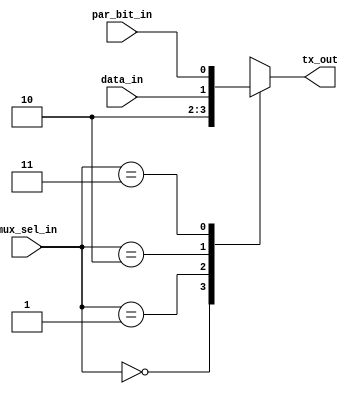
module mux(
	input [1:0] mux_sel_in,
	input data_in,
	input par_bit_in,
	output reg tx_out
);

always @(*) begin : proc_tx_out
	case(mux_sel_in)
		0: tx_out = 1'b1;
		1: tx_out = 1'b0;
		2: tx_out = data_in;
		3: tx_out = par_bit_in;
	endcase // mux_sel_in
end
endmodule